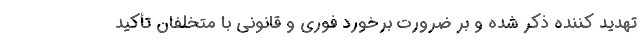
تهدید کننده ذکر شده و بر ضرورت برخورد فوری و قانونی با متخلفان تأکید